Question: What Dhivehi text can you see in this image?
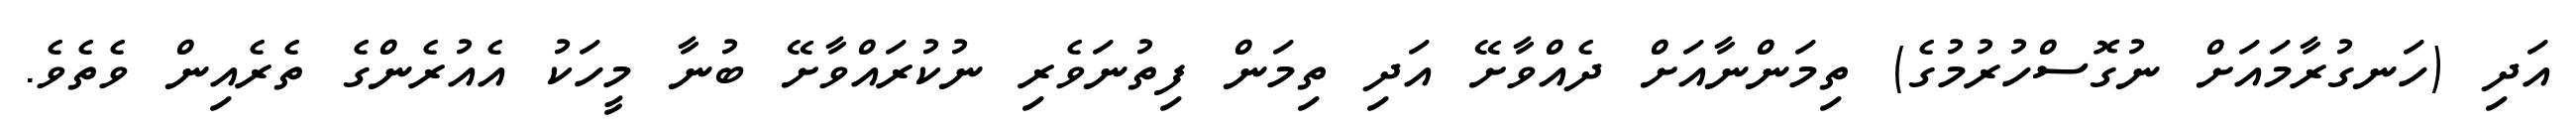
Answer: އަދި (ހަނގުރާމައަށް ނުގޮސްހުރުމުގެ) ތިމަންނާއަށް ދެއްވާށޭ އަދި ތިމަން ފިތުނަވެރި ނުކުރައްވާށޭ ބުނާ މީހަކު އެއުރެންގެ ތެރެއިން ވެތެވެ.